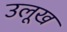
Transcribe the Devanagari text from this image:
उलूख